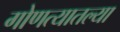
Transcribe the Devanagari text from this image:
गोणत्यातल्या